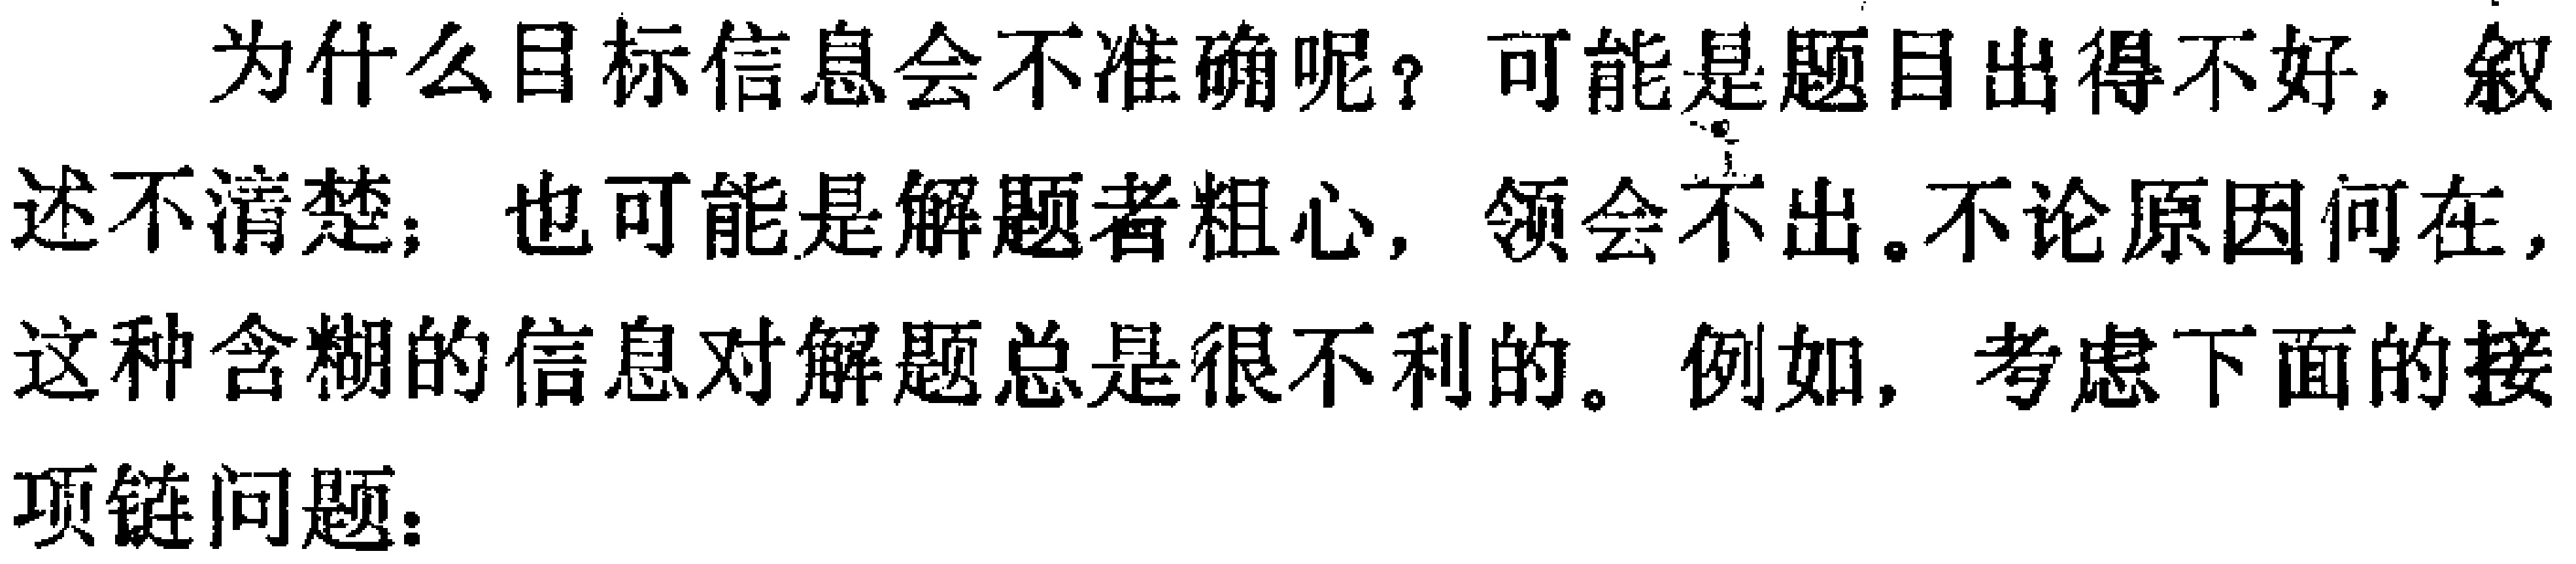
为什么目标信息会不准确呢？可能是题目出得不好，叙述不清楚；也可能是解题者粗心，领会不出。不论原因何在，这种含糊的信息对解题总是很不利的。例如，考虑下面的接项链问题：